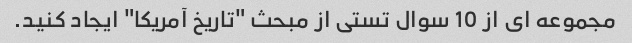
مجموعه ای از 10 سوال تستی از مبحث "تاریخ آمریکا" ایجاد کنید.